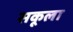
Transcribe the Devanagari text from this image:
सकूला